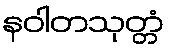
နဝါတသုတ္တံ